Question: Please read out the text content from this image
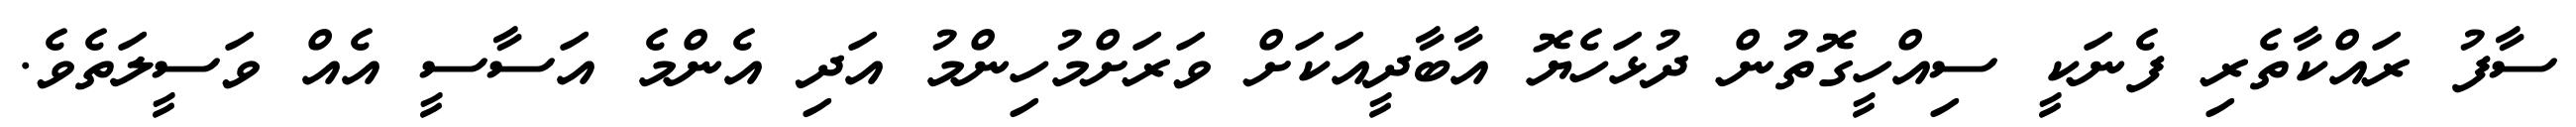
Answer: ސާފު ރައްކާތެރި ފެނަކީ ސިއްހީގޮތުން ދުޅަހެޔޮ އާބާދީއަކަށް ވަރަށްމުހިންމު އަދި އެންމެ އަސާސީ އެއް ވަސީލަތެވެ.